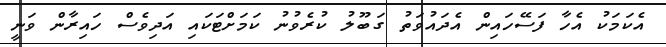
އެކަމަކު އެހާ ފަސޭހައިން އެދައުވަތު ގަބޫލު ކުރެވުނު ކަމަށްޓަކައި އަދިވެސް ހައިރާން ވަނީ